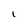
Character: I